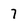
Character: 7